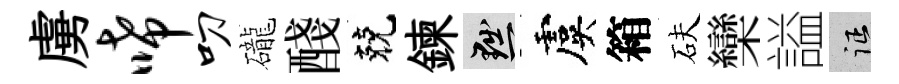
虜唏叨礲醆兢鍊黜虞箱砆欒謚征